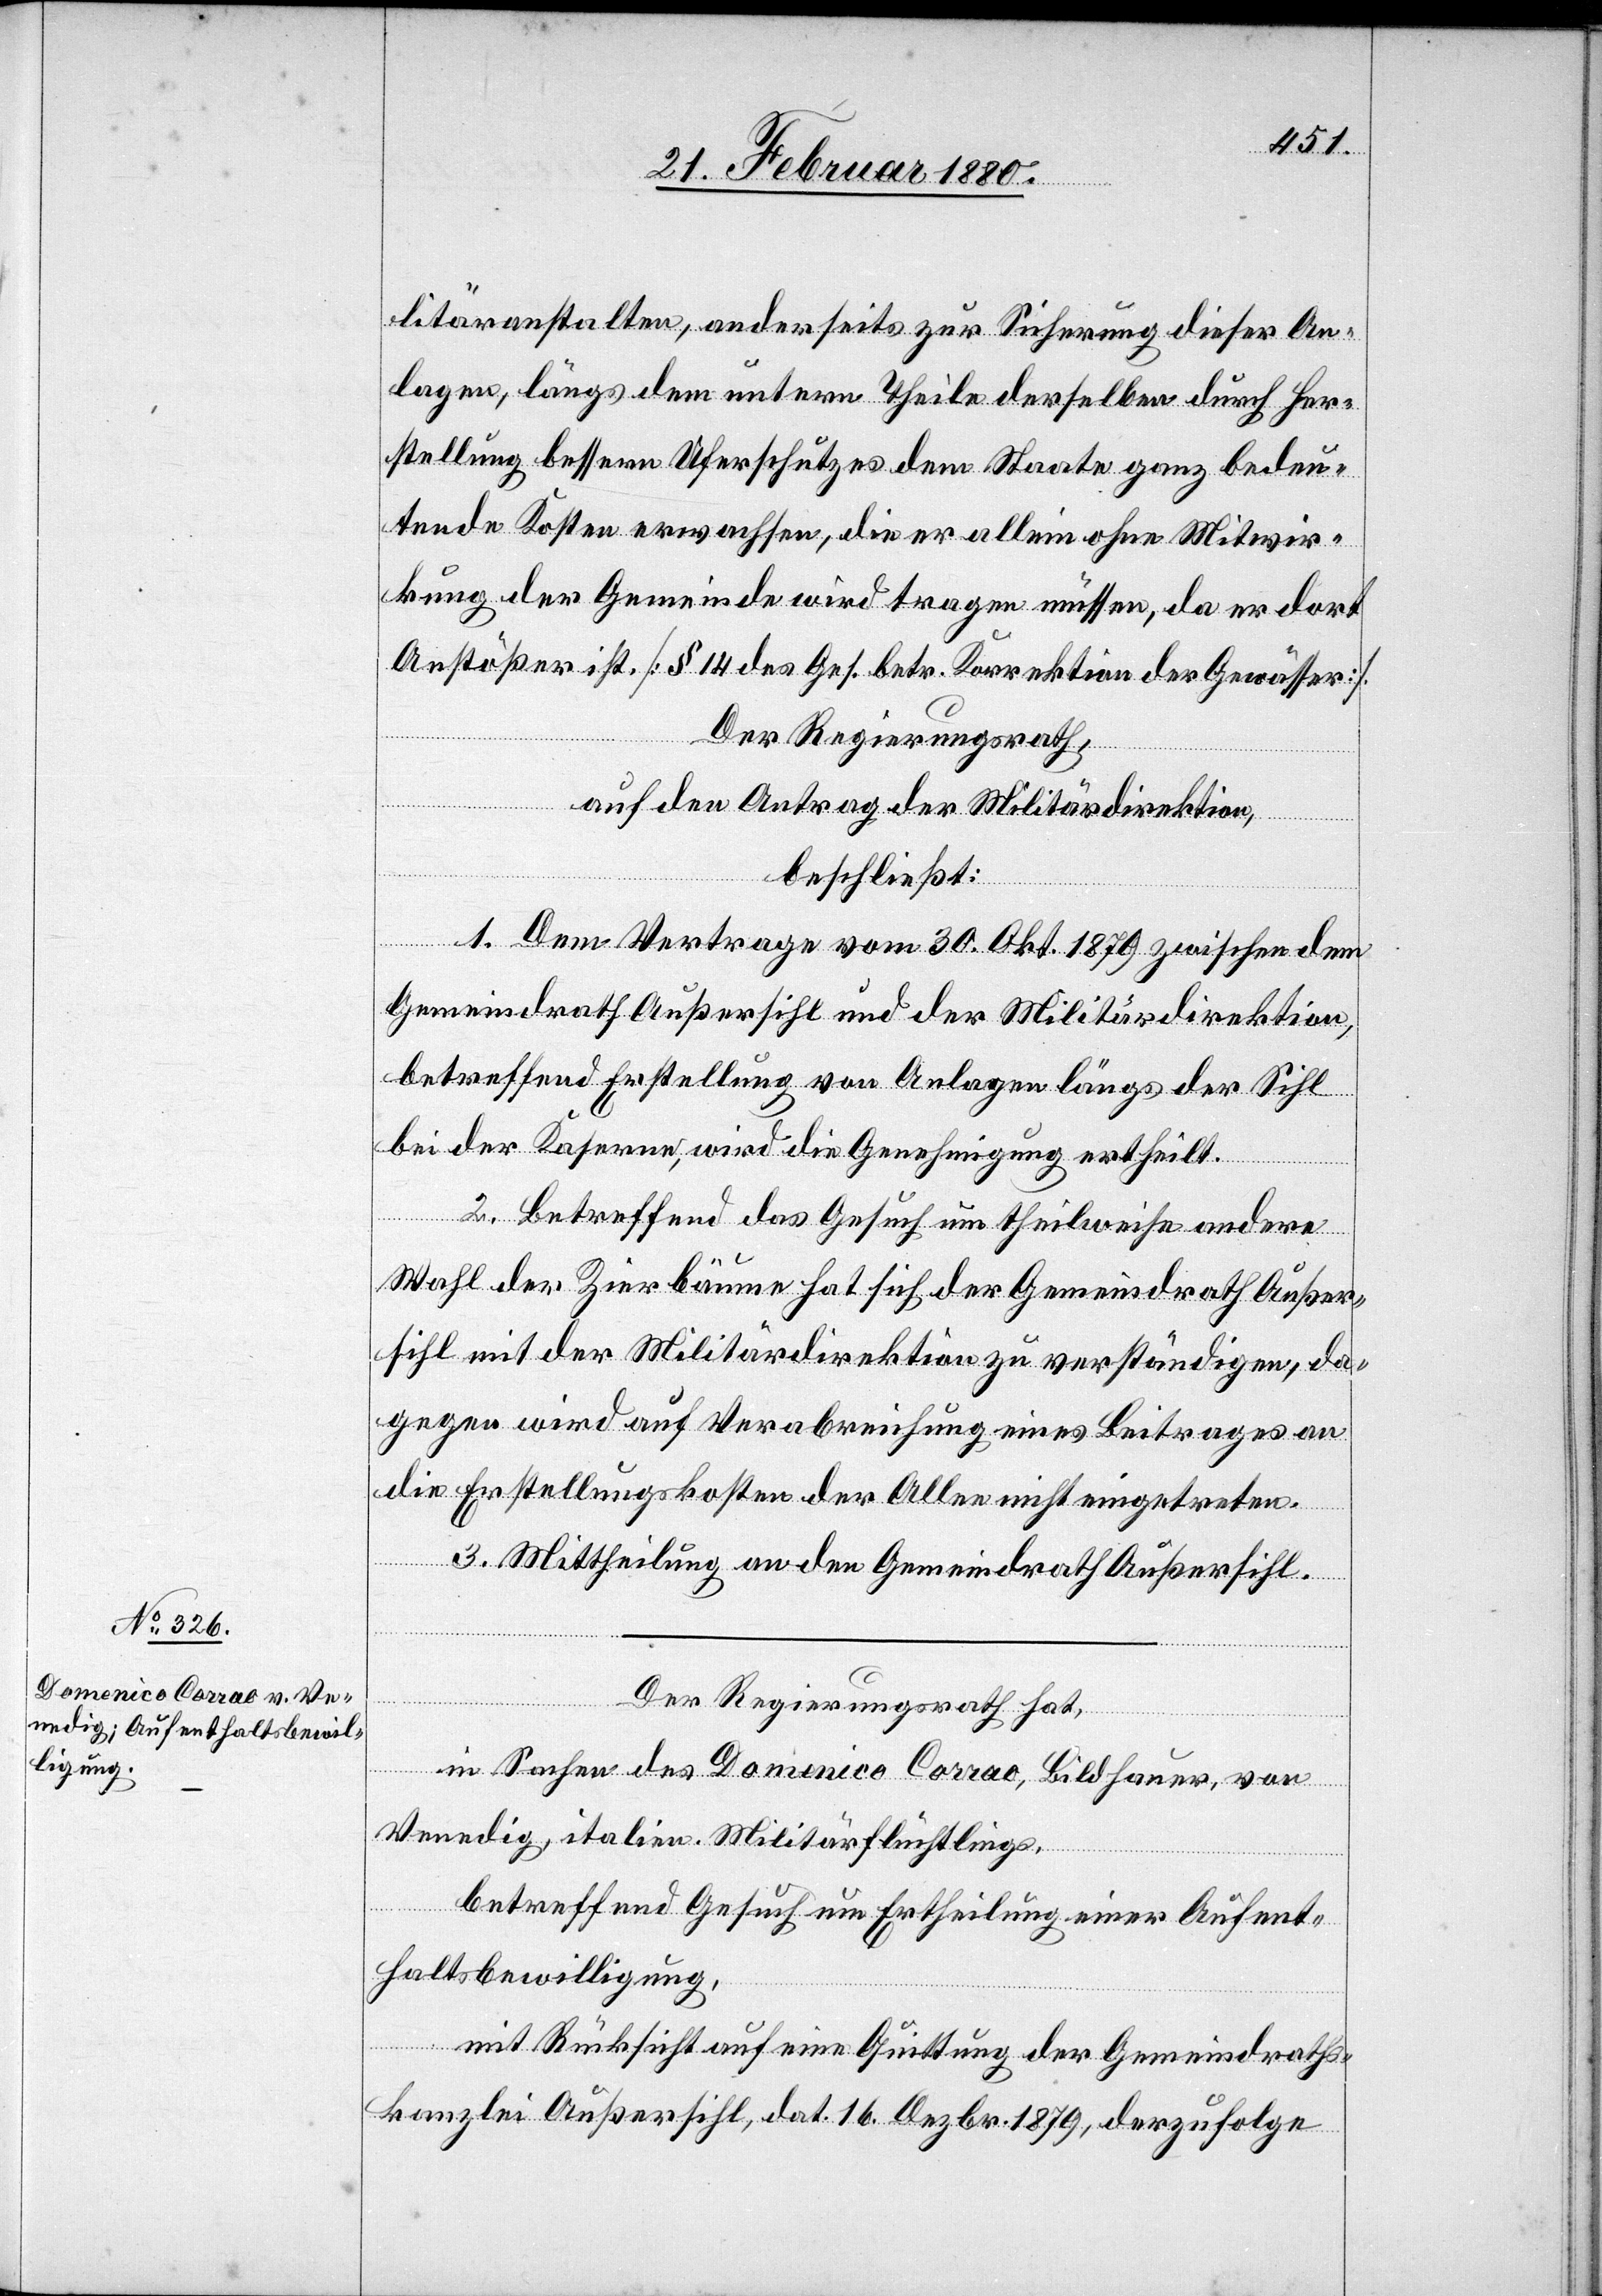
litäranstalten, anderseits zur Sicherung dieser An¬
lagen, längs dem untern Theile derselben durch Her¬
stellung bessern Uferschutzes dem Staate ganz bedeu¬
tende Kosten erwachsen, die er allein ohne Mitwir¬
kung der Gemeinde wird tragen müssen, da er dort
Anstößer ist. [§ 14 des Ges. betr. Korrektion der Gewässer].
Der Regierungsrath,
auf den Antrag der Militärdirektion,
beschließt:
1. Dem Vertrage vom 30. Okt. 1879 zwischen dem
Gemeindrath Außersihl und der Militärdirektion,
betreffend Erstellung von Anlagen längs der Sihl
bei der Kaserne wird die Genehmigung ertheilt.
2. Betreffend das Gesuch um theilweise andere
Wahl der Zierbäume hat sich der Gemeindrath Außer¬
sihl mit der Militärdirektion zu verständigen, da¬
gegen wird auf Verabreichung eines Beitrages an
3. Mittheilung an den Gemeindrath Außersihl.
Der Regierungsrath hat,
in Sachen des Domenico Corrao, Bildhauer, von
Venedig, italien. Militärflüchtlings,
betreffend Gesuch um Ertheilung einer Aufent¬
haltsbewilligung,
eten.
mit Rücksicht auf eine Quittung der Gemeindraths¬
kanzlei Außersihl, dat. 16. Dezbr. 1879, derzufolge